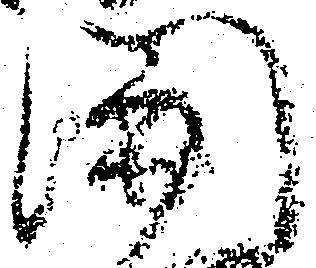
関